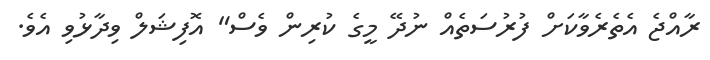
ރާއްޖެ އެތެރެވާކަށް ފުރުސަތެއް ނުދޭ މީގެ ކުރިން ވެސް" އޮފިޝަލް ވިދާޅުވި އެވެ.